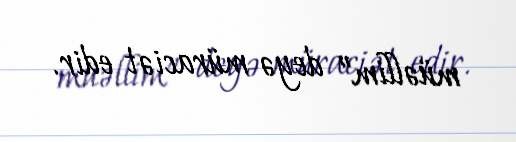
müəllim” deyə müraciət edir.